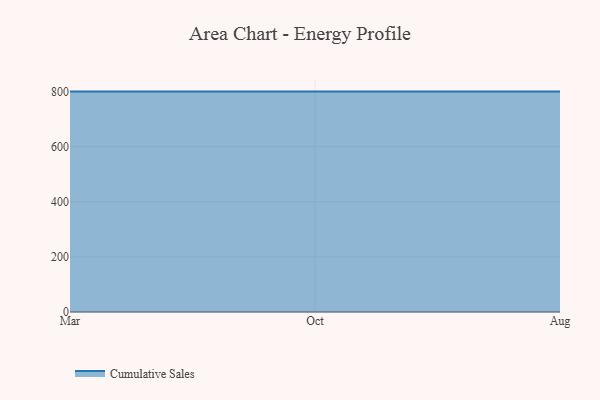
{"axis": {"x": "Month", "y": "Churn Rate (%)"}, "legend": ["Cumulative Sales"], "data": [{"x": "Mar", "y": 800, "type": "Cumulative Sales"}, {"x": "Oct", "y": 800, "type": "Cumulative Sales"}, {"x": "Aug", "y": 800, "type": "Cumulative Sales"}]}